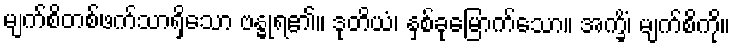
မျက်စိတစ်ဖက်သာရှိသော ဗန္ဓုရ၏။ ဒုတိယံ၊ နှစ်ခုမြောက်သော။ အက္ခိံ၊ မျက်စိကို။